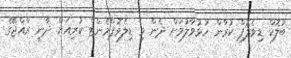
ބުލޮކް ޑިވެލޮޕް ކުރާން ހުޅުވާލުމަށް ދެން މި ޑިލެވޮޕްމެންޓް ކުރިއަށް ދާނީ ރާއްޖޭގެ